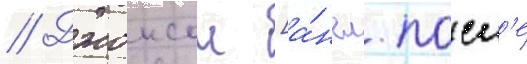
// Джонсон [а́нгл. посл'е